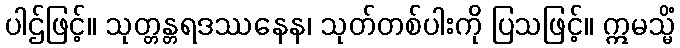
ပါဌ်ဖြင့်။ သုတ္တန္တရဒဿနေန၊ သုတ်တစ်ပါးကို ပြသဖြင့်။ ဣမသ္မိံ